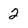
Character: 2